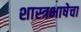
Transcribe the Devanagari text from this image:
शास्त्रभाषेचा